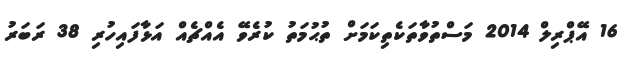
16 އޭޕްރިލް 2014 މަސްތުވާތަކެތިކަމަށް ތުޙުމަތު ކުރެވޭ އެއްޗެއް އަޅާފައިހުރި 38 ރަބަރު